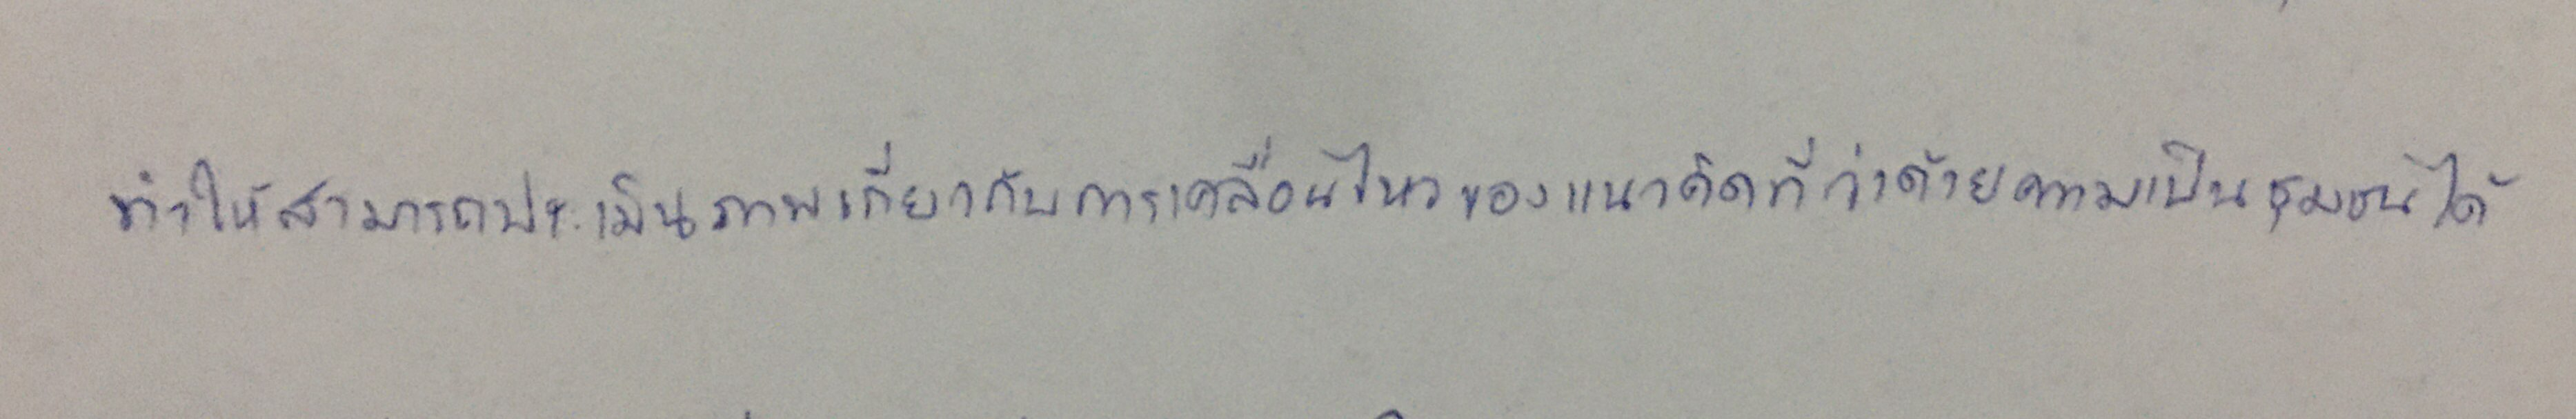
ทำให้สามารถประเมินภาพเกี่ยวกับการเคลื่อนไหวของแนวคิดที่ว่าด้วยความเป็นชุมชนได้